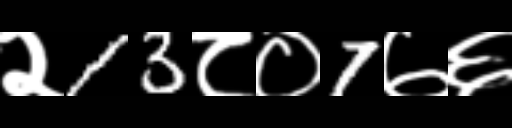
Text: २13८०7७६